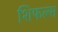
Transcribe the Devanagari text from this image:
शिफल्स